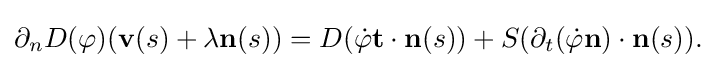
\displaystyle {\partial _{n}D(\varphi )(\mathbf {v} (s)+\lambda \mathbf {n} (s))=D({\dot {\varphi }}\mathbf {t} \cdot \mathbf {n} (s))+S(\partial _{t}({\dot {\varphi }}\mathbf {n} )\cdot \mathbf {n} (s)).}